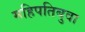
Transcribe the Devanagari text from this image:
महिपतिबुवा